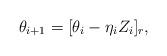
LaTeX: \begin{align*} \theta_{i+1} = [\theta_i - \eta_i Z_i]_r, \end{align*}